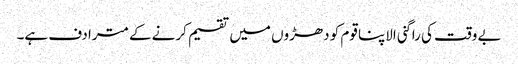
بے وقت کی راگنی الاپنا قوم کو دھڑوں میں تقسیم کرنے کے مترادف ہے۔